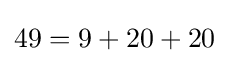
49=9+20+20